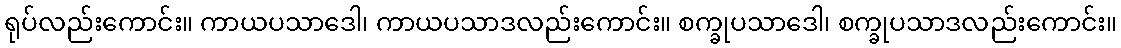
ရုပ်လည်းကောင်း။ ကာယပသာဒေါ၊ ကာယပသာဒလည်းကောင်း။ စက္ခုပသာဒေါ၊ စက္ခုပသာဒလည်းကောင်း။